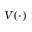
V ( \cdot )